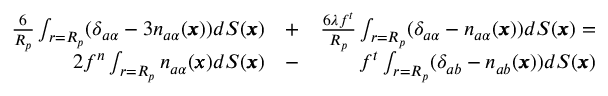
\begin{array} { r l r } { \frac { 6 } { R _ { p } } \int _ { r = R _ { p } } ( \delta _ { a \alpha } - 3 n _ { a \alpha } ( { \pmb x } ) ) d S ( { \pmb x } ) } & { { } + } & { \frac { 6 \lambda f ^ { t } } { R _ { p } } \int _ { r = R _ { p } } ( \delta _ { a \alpha } - n _ { a \alpha } ( { \pmb x } ) ) d S ( { \pmb x } ) = } \\ { 2 f ^ { n } \int _ { r = R _ { p } } n _ { a \alpha } ( \pmb x ) d S ( { \pmb x } ) } & { { } - } & { f ^ { t } \int _ { r = R _ { p } } ( \delta _ { a b } - n _ { a b } ( \pmb x ) ) d S ( { \pmb x } ) } \end{array}